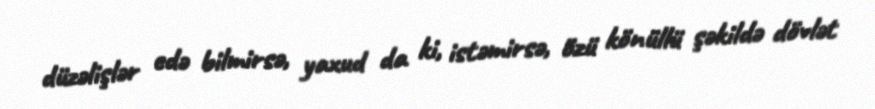
düzəlişlər edə bilmirsə, yaxud da ki, istəmirsə, özü könüllü şəkildə dövlət